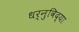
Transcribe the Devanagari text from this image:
धर्नुविद्या